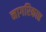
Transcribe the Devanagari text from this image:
नागरिकाप्त